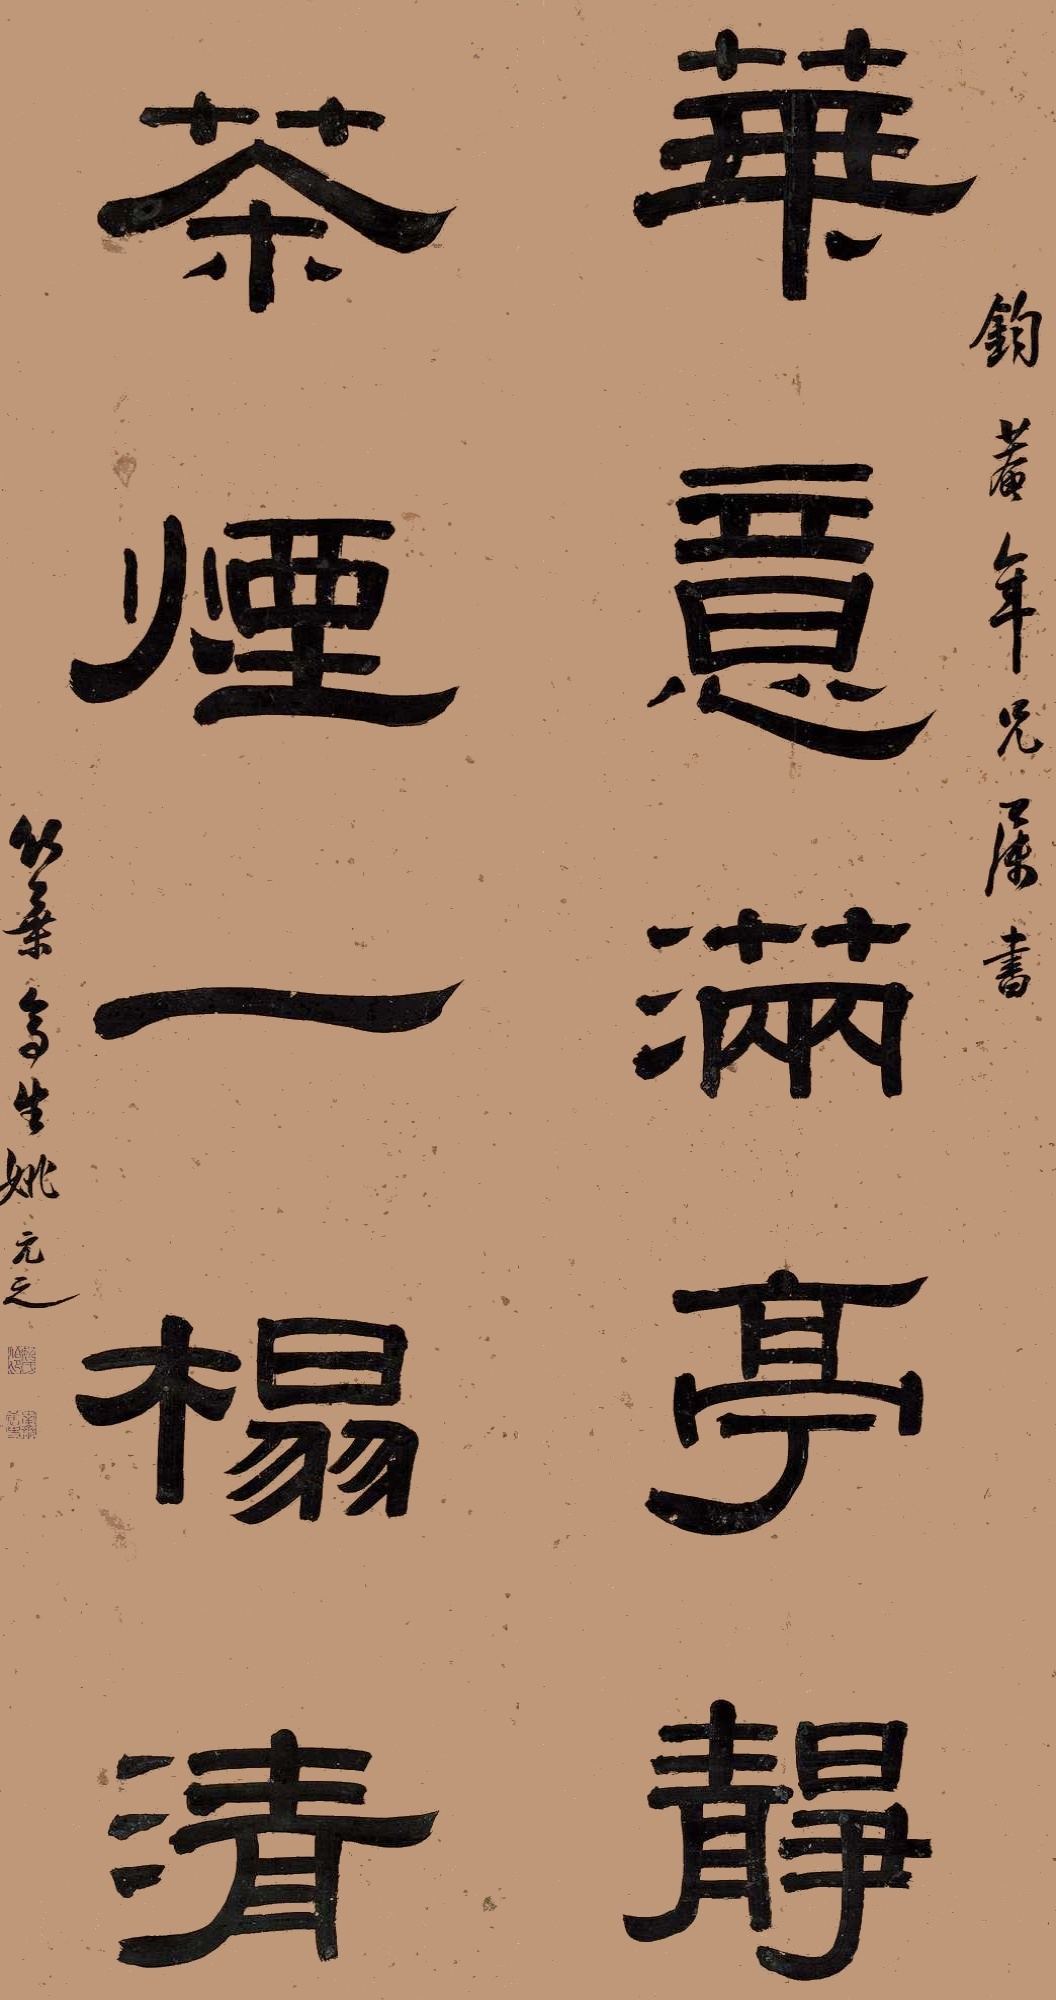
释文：华意满亭静，茶烟一榻清。钧庵年兄属书，竹叶亭生姚元之。